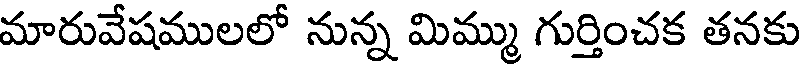
మారువేషములలో నున్న మిమ్ము గుర్తించక తనకు